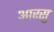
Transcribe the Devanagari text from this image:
आरसु